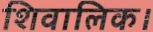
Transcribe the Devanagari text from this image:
शिवालिक।